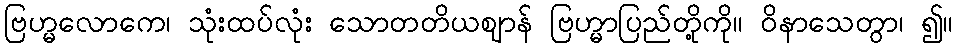
ဗြဟ္မလောကေ၊ သုံးထပ်လုံး သောတတိယဈာန် ဗြဟ္မာပြည်တို့ကို။ ဝိနာသေတွာ၊ ၍။